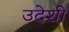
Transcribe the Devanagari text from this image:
उदेशी